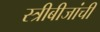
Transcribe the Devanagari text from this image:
स्त्रीबीजांची